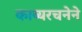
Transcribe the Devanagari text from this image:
काव्यरचनेने